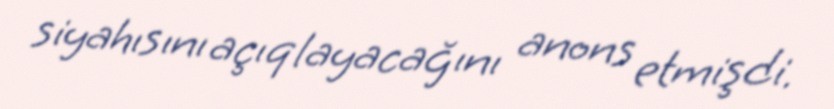
siyahısını açıqlayacağını anons etmişdi.